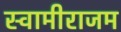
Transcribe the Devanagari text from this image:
स्वामीराजम